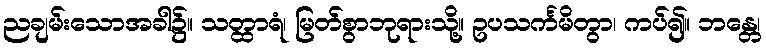
ညချမ်းသောအခါ၌။ သတ္ထာရံ၊ မြတ်စွာဘုရားသို့။ ဥပသင်္ကမိတွာ၊ ကပ်၍။ ဘန္တေ၊